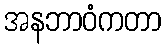
အနဘာဝံကတာ